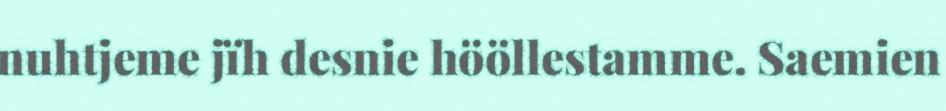
nuhtjeme jïh desnie hööllestamme. Saemien